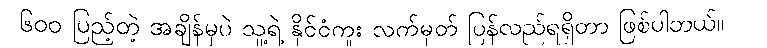
၆၀၀ ပြည့်တဲ့ အချိန်မှပဲ သူ့ရဲ့ နိုင်ငံကူး လက်မှတ် ပြန်လည်ရရှိတာ ဖြစ်ပါတယ်။